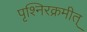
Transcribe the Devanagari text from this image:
पृश्निरक्रमीत्